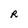
Character: R